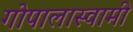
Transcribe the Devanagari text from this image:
गोपालास्वामी